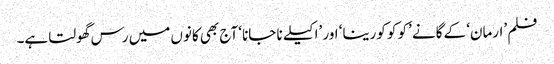
فلم ’ارمان‘ کے گانے ’کو کو کورینا‘ اور ’اکیلے نا جانا‘ آج بھی کانوں میں رس گھولتا ہے۔